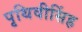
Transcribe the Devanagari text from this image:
पृथिवीसिंह